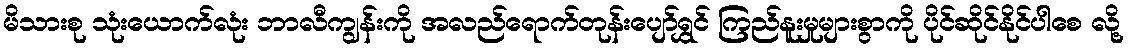
မိသားစု သုံးယောက်လုံး ဘာလီကျွန်းကို အလည်ရောက်တုန်းပျော်ရွှင် ကြည်နူးမှုများစွာကို ပိုင်ဆိုင်နိုင်ပါစေ လို့